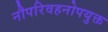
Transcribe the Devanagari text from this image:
नौपरिवहनोपयुक्त